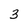
Character: 3